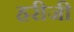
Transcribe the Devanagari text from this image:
हरीजी